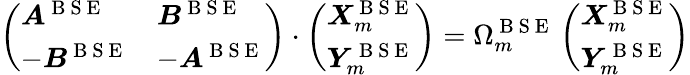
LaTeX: \left(\begin{array}{ll}{\boldsymbol{A}^{\mathrm{~B~S~E~}}}&{\boldsymbol{B}^{\mathrm{~B~S~E~}}}\\ {-\boldsymbol{B}^{\mathrm{~B~S~E~}}}&{-\boldsymbol{A}^{\mathrm{~B~S~E~}}}\end{array}\right)\cdot\left(\begin{array}{l}{\boldsymbol{X}_{m}^{\mathrm{~B~S~E~}}}\\ {\boldsymbol{Y}_{m}^{\mathrm{~B~S~E~}}}\end{array}\right)=\Omega_{m}^{\mathrm{~B~S~E~}}\left(\begin{array}{l}{\boldsymbol{X}_{m}^{\mathrm{~B~S~E~}}}\\ {\boldsymbol{Y}_{m}^{\mathrm{~B~S~E~}}}\end{array}\right)